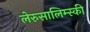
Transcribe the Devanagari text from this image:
लेरुसालिम्स्की